Scottish Certificate of Education, 1962
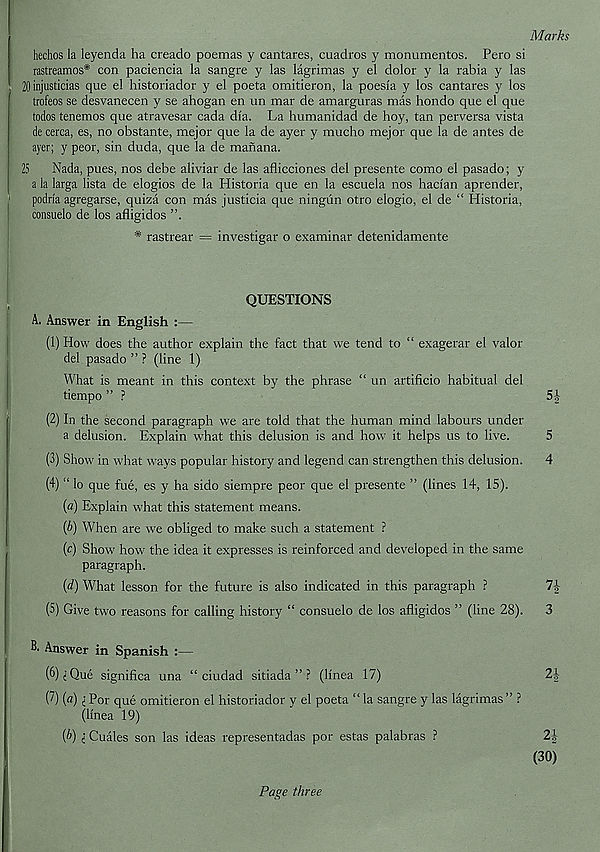
Marks
hechos la leyenda ha creado poemas y cantares, cuadros y monumentos. Pero si
rastreamos* con paciencia la sangre y las lagrimas y el dolor y la rabia y las
20 injusticias que el historiador y el poeta omitieron, la poesfa y los cantares y los
trofeos se desvanecen y se ahogan en un mar de amarguras mas Hondo que el que
todos tenemos que atravesar cada dfa. La humanidad de hoy, tan perversa vista
de cerca, es, no obstante, mejor que la de ayer y mucho mejor que la de antes de
ayer; y peor, sin duda, que la de manana.
25 Nada, pues, nos debe aliviar de las aflicciones del presente como el pasado; y
a la larga lista de elogios de la Historia que en la escuela nos harian aprender,
podrla agregarse, quiza con mas justicia que ningun otro elogio, el de “ Historia,
consuelo de los afligidos
* rastrear = investigar o examinar detenidamente
QUESTIONS
A. Answer in English :—
(1) How does the author explain the fact that we tend to “ exagerar el valor
del pasado ” ? (line 1)
What is meant in this context by the phrase “ un artificio habitual del
tiempo ” ?
5-|
(2) In the second paragraph we are told that the human mind labours under
a delusion. Explain what this delusion is and how it helps us to live.
5
(3) Show in what ways popular history and legend can strengthen this delusion. 4
(4) “ lo que fue, es y ha sido siempre peor que el presente ” (lines 14, 15).
(a) Explain what this statement means.
(A) When are we obliged to make such a statement ?
(c) Show how the idea it expresses is reinforced and developed in the same
paragraph.
(d) What lesson for the future is also indicated in this paragraph ?
7|-
(5) Give two reasons for calling history “ consuelo de los afligidos ” (line 28). 3
B. Answer in Spanish :—
(^) i Que significa una “ciudad sitiada ” ? (Ifnea 17)
2|
(2) (a) i For que omitieron el historiador y el poeta “ la sangre y las lagrimas” ?
(Ifnea 19)
(b) i Cuales son las ideas representadas por estas palabras ?
21
(30)
Page three